Insane asylums in Bengal annual reports 1867-1875 - 1867-1875
Year: 1867
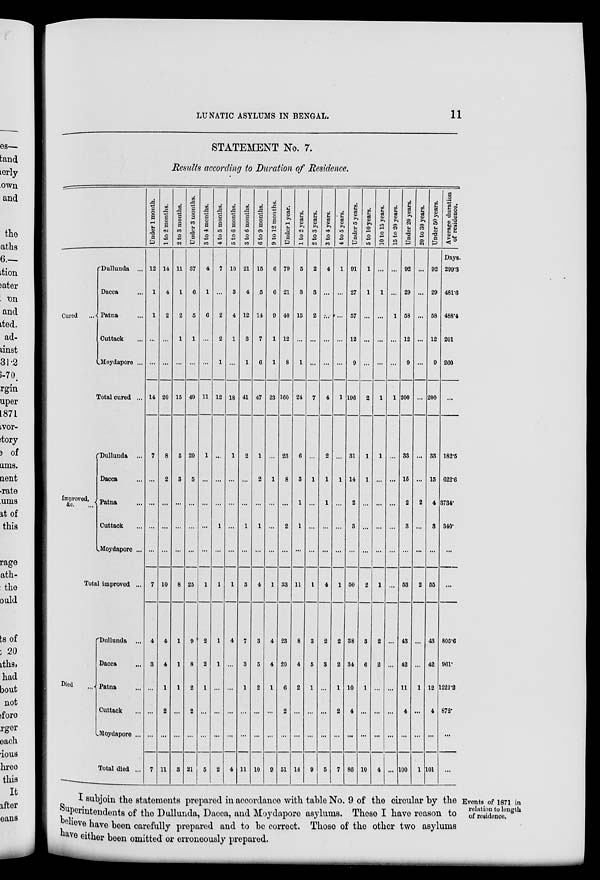
LUNATIC ASYLUMS IN BENGAL.
11
STATEMENT No. 7.
Results according to Duration of Residence.
Cured
...
Dullunda ...
Dacca ...
Patna ...
Cuttack ...
Moydapore ...
Total cured ...
Improved,
&c. ...
Dullunda
...
Dacca ...
Patna ...
Cuttack ...
Moydapore ...
Total improved ...
Died ...
Dullunda
...
Dacca
...
Patna ...
Cuttack ...
Moydapore ...
Total died ...
Under 1 month.
12
1
1
...
...
14
7
...
...
...
...
7
4
3
...
...
...
7
1 to 2 months.
14
4
2
...
...
20
8
2
...
...
...
10
4
4
1
2
...
11
2 to 3 months.
11
1
2
1
...
15
5
3
...
...
...
8
1
1
1
...
...
3
Under 3 months.
37
6
5
1
...
49
20
5
...
...
...
25
9
8
2
2
...
21
3 to 4 months.
4
1
6
...
...
11
1
...
...
...
...
1
2
2
1
...
...
5
4 to 5 months.
7
...
2
2
1
12
...
...
1
...
1
1
1
...
...
...
2
5 to 6 months.
10
3
4
1
...
18
1
...
...
...
...
1
4
...
...
...
...
4
3 to 6 months.
21
4
12
3
1
41
2
...
...
1
...
3
7
3
1
...
...
11
6 to 9 months.
15
5
14
7
6
47
1
2
...
1
...
4
3
5
2
...
...
10
9 to 12 months.
6
6
9
1
1
23
...
1
...
...
...
1
4
4
1
...
...
9
Under 1 year.
79
21
40
12
8
160
23
8
...
2
...
33
23
20
6
2
...
51
1 to 2 years.
5
3
15
...
1
24
6
3
1
1
...
11
8
4
2
...
...
14
2 to 3 years.
2
3
2
...
...
7
...
1
...
...
...
1
3
5
1
...
...
9
3 to 4 years.
4
...
..
...
...
4
2
1
1
...
...
4
2
3
...
...
...
5
4 to 5 years.
1
...
...
...
...
1
...
1
...
...
...
1
2
2
1
2
...
7
Under 5 years.
91
27
57
12
9
196
31
14
2
3
...
50
38
34
10
4
...
86
5 to 10 years.
1
1
...
...
...
2
1
1
...
...
...
2
3
6
1
...
...
10
10 to 15 years.
...
1
...
...
...
1
1
...
...
...
...
1
2
2
...
...
...
4
15 to 20 years.
...
...
1
...
...
1
...
...
...
...
...
...
...
...
...
...
...
Under 20 years.
92
29
58
12
9
200
33
15
2
3
...
53
43
42
11
4
...
100
20 to 30 years.
...
...
...
...
...
...
...
...
2
...
...
2
...
...
1
...
...
1
Under 50 years.
92
29
58
12
9
200
33
15
4
3
...
55
43
42
12
4
...
101
Average duration
of residence.
Days.
299.3
481.6
488.4
201
260
...
182.5
622.6
3734.
340.
...
...
805.6
961.
1221.2
872.
...
...
Events of 1871 in
relation to length
of residence.
I subjoin the statements prepared in accordance with table No. 9 of the circular by the
Superintendents of the Dullunda, Dacca, and Moydapore asylums. These I have reason to
believe have been carefully prepared and to be correct. Those of the other two asylums
have either been omitted or erroneously prepared.